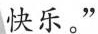
快乐。”